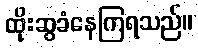
ထိုးဆွခံနေကြရသည်။